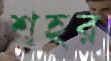
শহর